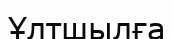
Ұлтшылға